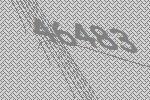
46483